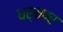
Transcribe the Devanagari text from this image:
धर्मपर